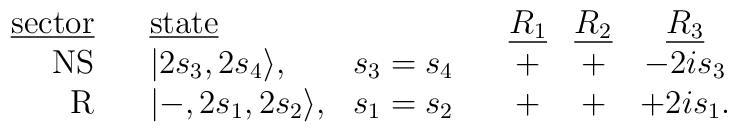
\begin{array}{r c l l c c c c}\mbox{\underline{sector}}&{}&\mbox{\underline{state}}&{}&{}&\mbox{\underline{$R_1$}}&\mbox{\underline{$R_2$}}&\mbox{\underline{$R_3$}} \\\mbox{NS}&{}&|2s_3,2s_4\rangle,&s_3=s_4&{}&+&+&-2is_3\\\mbox{R}&{}&|-,2s_1,2s_2\rangle,&s_1=s_2&{}&+&+&+2is_1.\\\end{array}